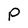
Character: P